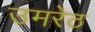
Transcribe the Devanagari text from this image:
उमरेठ